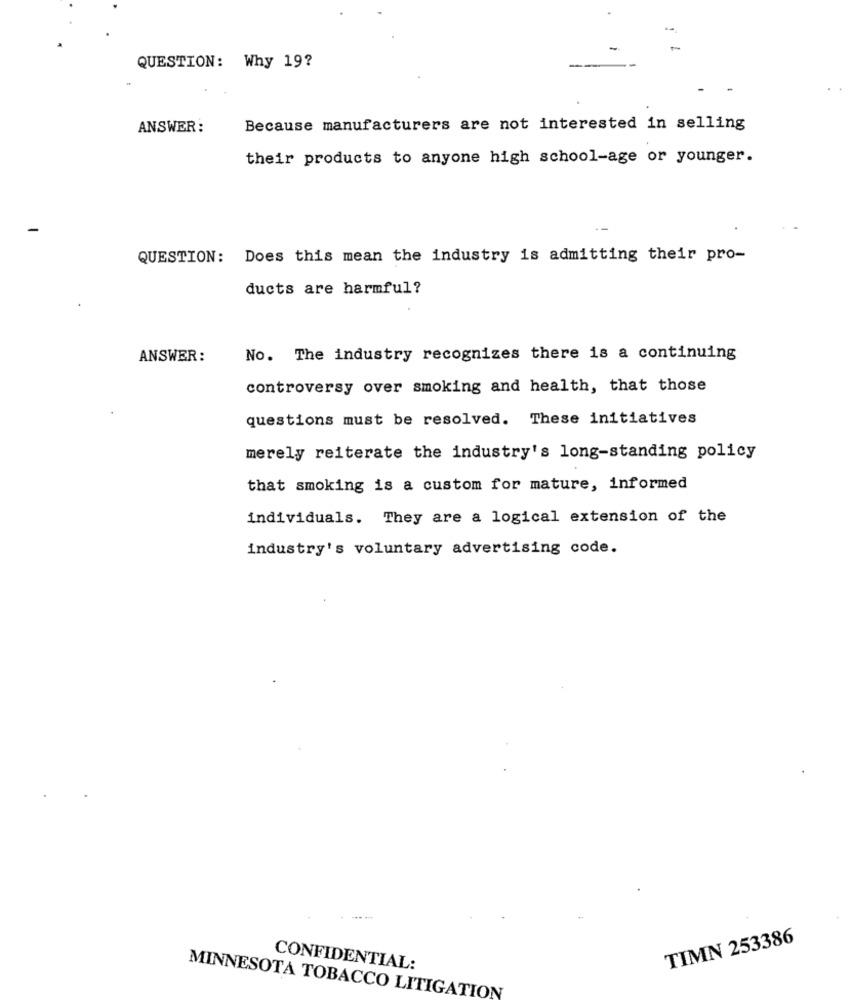
QUESTION: Why 19?
ANSWER:
Because manufacturers are not interested in selling
their products to anyone high school-age or younger.
QUESTION: Does this mean the industry is admitting their pro-
ducts are harmful?
ANSWER:
No. The industry recognizes there is a continuing
controversy over smoking and health, that those
questions must be resolved. These initiatives
merely reiterate the industry's long-standing policy
that smoking is a custom for mature, informed
individuals. They are a logical extension of the
industry's voluntary advertising code.
TIMN 253386
CONFIDENTIAL:
MINNESOTA TOBACCO LITIGATION